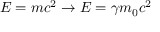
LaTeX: E = m c ^ { 2 } \rightarrow E = \gamma m _ { 0 } c ^ { 2 }